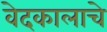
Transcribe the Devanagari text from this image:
वेदकालाचे